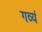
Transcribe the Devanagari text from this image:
गव्यं